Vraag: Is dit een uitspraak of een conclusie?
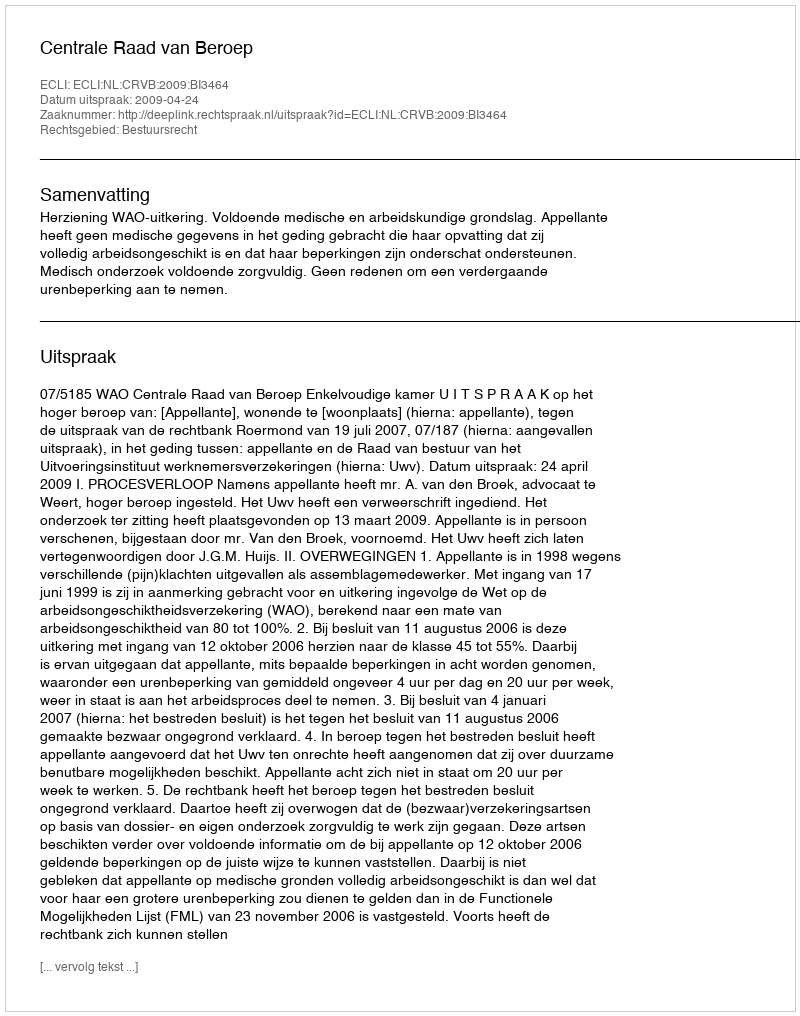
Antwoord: Uitspraak